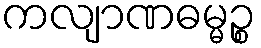
ကလျာဏဓမ္မဉ္စ